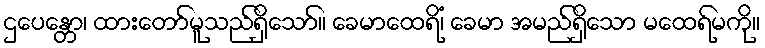
ဌပေန္တော၊ ထားတော်မူသည်ရှိသော်။ ခေမာထေရိံ၊ ခေမာ အမည်ရှိသော မထေရ်မကို။